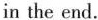
in the end.